Insane asylums Bombay 1873-77 - 1873-1877
Year: 1873
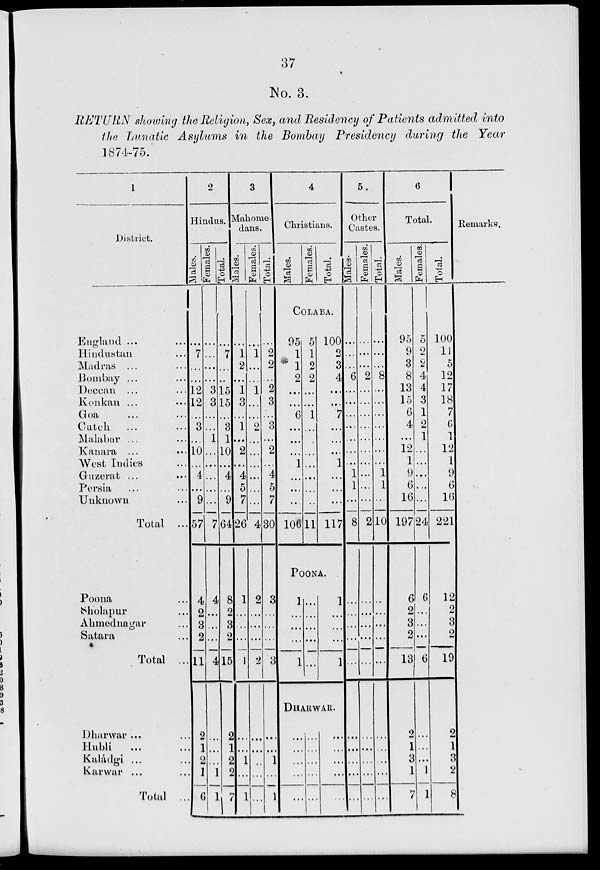
37
No. 3.
RETURN showing the Religion, Sex, and Residency of Patients admitted into
the Lunatic Asylums in the Bombay Presidency during the Year
1874-75.
1
District.
England ... ...
Hindustan ...
Madras ... ...
Bombay ... ...
Deccan ...
Konkan ... ...
Goa ... ...
Cutch ... ...
Malabar ...
Kanara ... ...
West Indies ...
Guzerat ... ...
Persia ... ...
Unknown ...
Total ...
Poona ...
Sholapur ...
Ahmednagar ...
Satara ...
Total ...
Dharwar ... ...
Hubli ... ...
Kaládgi ... ...
Karwar ... ...
Total ...
2
Hindus.
Males.
...
7
...
...
12
12
...
3
...
10
...
4
...
9
57
4
2
3
2
11
2
1
2
1
6
Females.
...
...
...
...
3
3
...
...
1
...
...
...
...
...
7
4
...
...
...
4
...
...
...
1
1
Total.
...
7
...
...
15
15
...
3
1
10
...
4
...
9
64
8
2
3
2
15
2
1
2
2
7
3
Mahome-
dans.
Males.
...
1
2
...
1
3
...
1
...
2
...
4
5
7
26
1
...
...
...
1
...
...
1
...
1
Females.
...
1
...
...
1
...
...
2
...
...
...
...
...
...
4
2
...
...
...
2
...
...
...
...
...
Total.
...
2
2
...
2
3
...
3
...
2
...
4
5
7
30
3
...
...
...
3
...
...
1
...
1
4
Christians.
Males.
Females.
Total.
COLABA.
95
1
1
2
...
...
6
...
...
...
1
...
...
...
106
5
1
2
2
...
...
1
...
...
...
...
...
...
...
11
100
2
3
4
...
...
7
...
...
...
1
...
...
...
117
POONA.
1
...
...
...
1
...
...
...
...
...
1
...
...
...
1
DHARWAR.
...
...
...
...
...
...
...
...
...
...
...
...
...
...
...
5.
Other
Castes.
Males.
...
...
...
6
...
...
...
...
...
...
...
1
1
...
8
...
...
...
...
...
...
...
...
...
...
Females.
...
...
...
2
...
...
...
...
...
...
...
...
...
...
2
...
...
...
...
...
...
...
...
...
...
Total.
...
...
...
8
...
...
...
...
...
...
...
1
1
...
10
...
...
...
...
...
...
...
...
...
...
6
Total.
Males.
95
9
3
8
13
15
6
4
...
12
1
9
6
16
197
6
2
3
2
13
2
1
3
1
7
Females.
5
2
2
4
4
3
1
2
1
...
...
...
...
...
24
6
...
...
...
6
...
...
1
1
Total.
100
11
5
12
17
18
7
6
1
12
1
9
6
16
221
12
2
3
2
19
2
1
3
2
8
Remarks.